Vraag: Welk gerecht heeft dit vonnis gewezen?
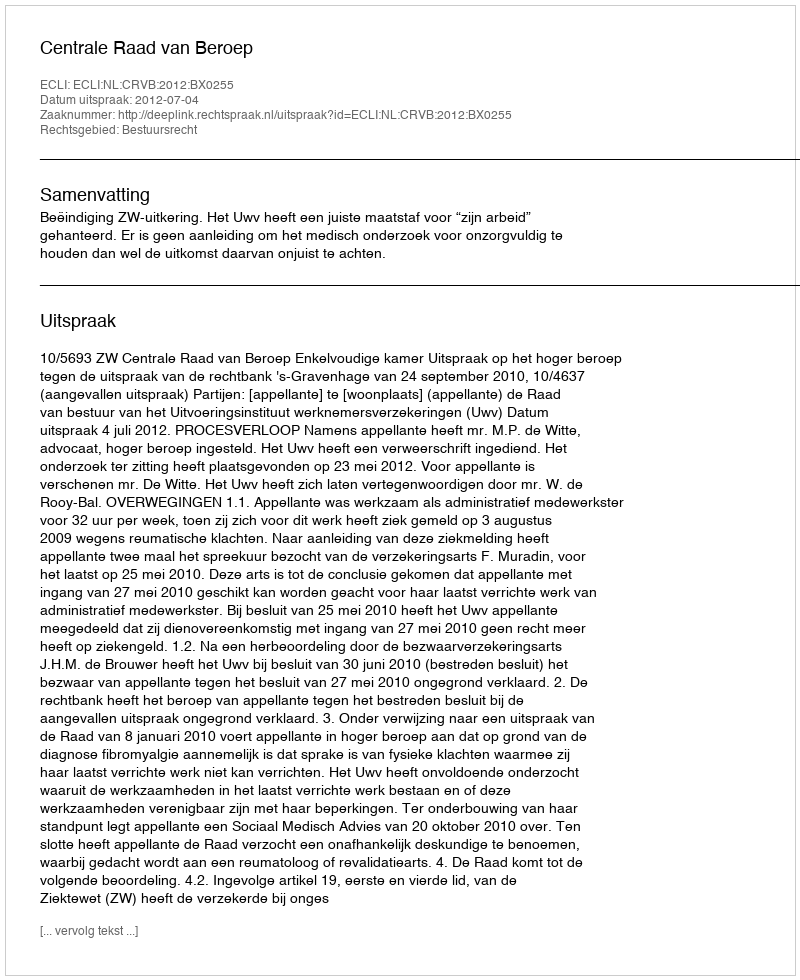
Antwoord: Centrale Raad van Beroep